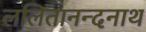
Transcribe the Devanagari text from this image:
ललितानन्दनाथ